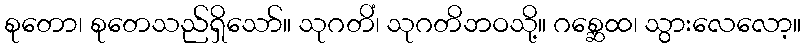
စုတော၊ စုတေသည်ရှိသော်။ သုဂတိံ၊ သုဂတိဘဝသို့။ ဂစ္ဆေထ၊ သွားလေလော့။